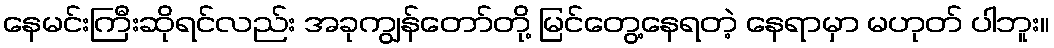
နေမင်းကြီးဆိုရင်လည်း အခုကျွန်တော်တို့ မြင်တွေ့နေရတဲ့ နေရာမှာ မဟုတ် ပါဘူး။